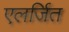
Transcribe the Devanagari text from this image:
एलर्जित